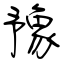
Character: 豫